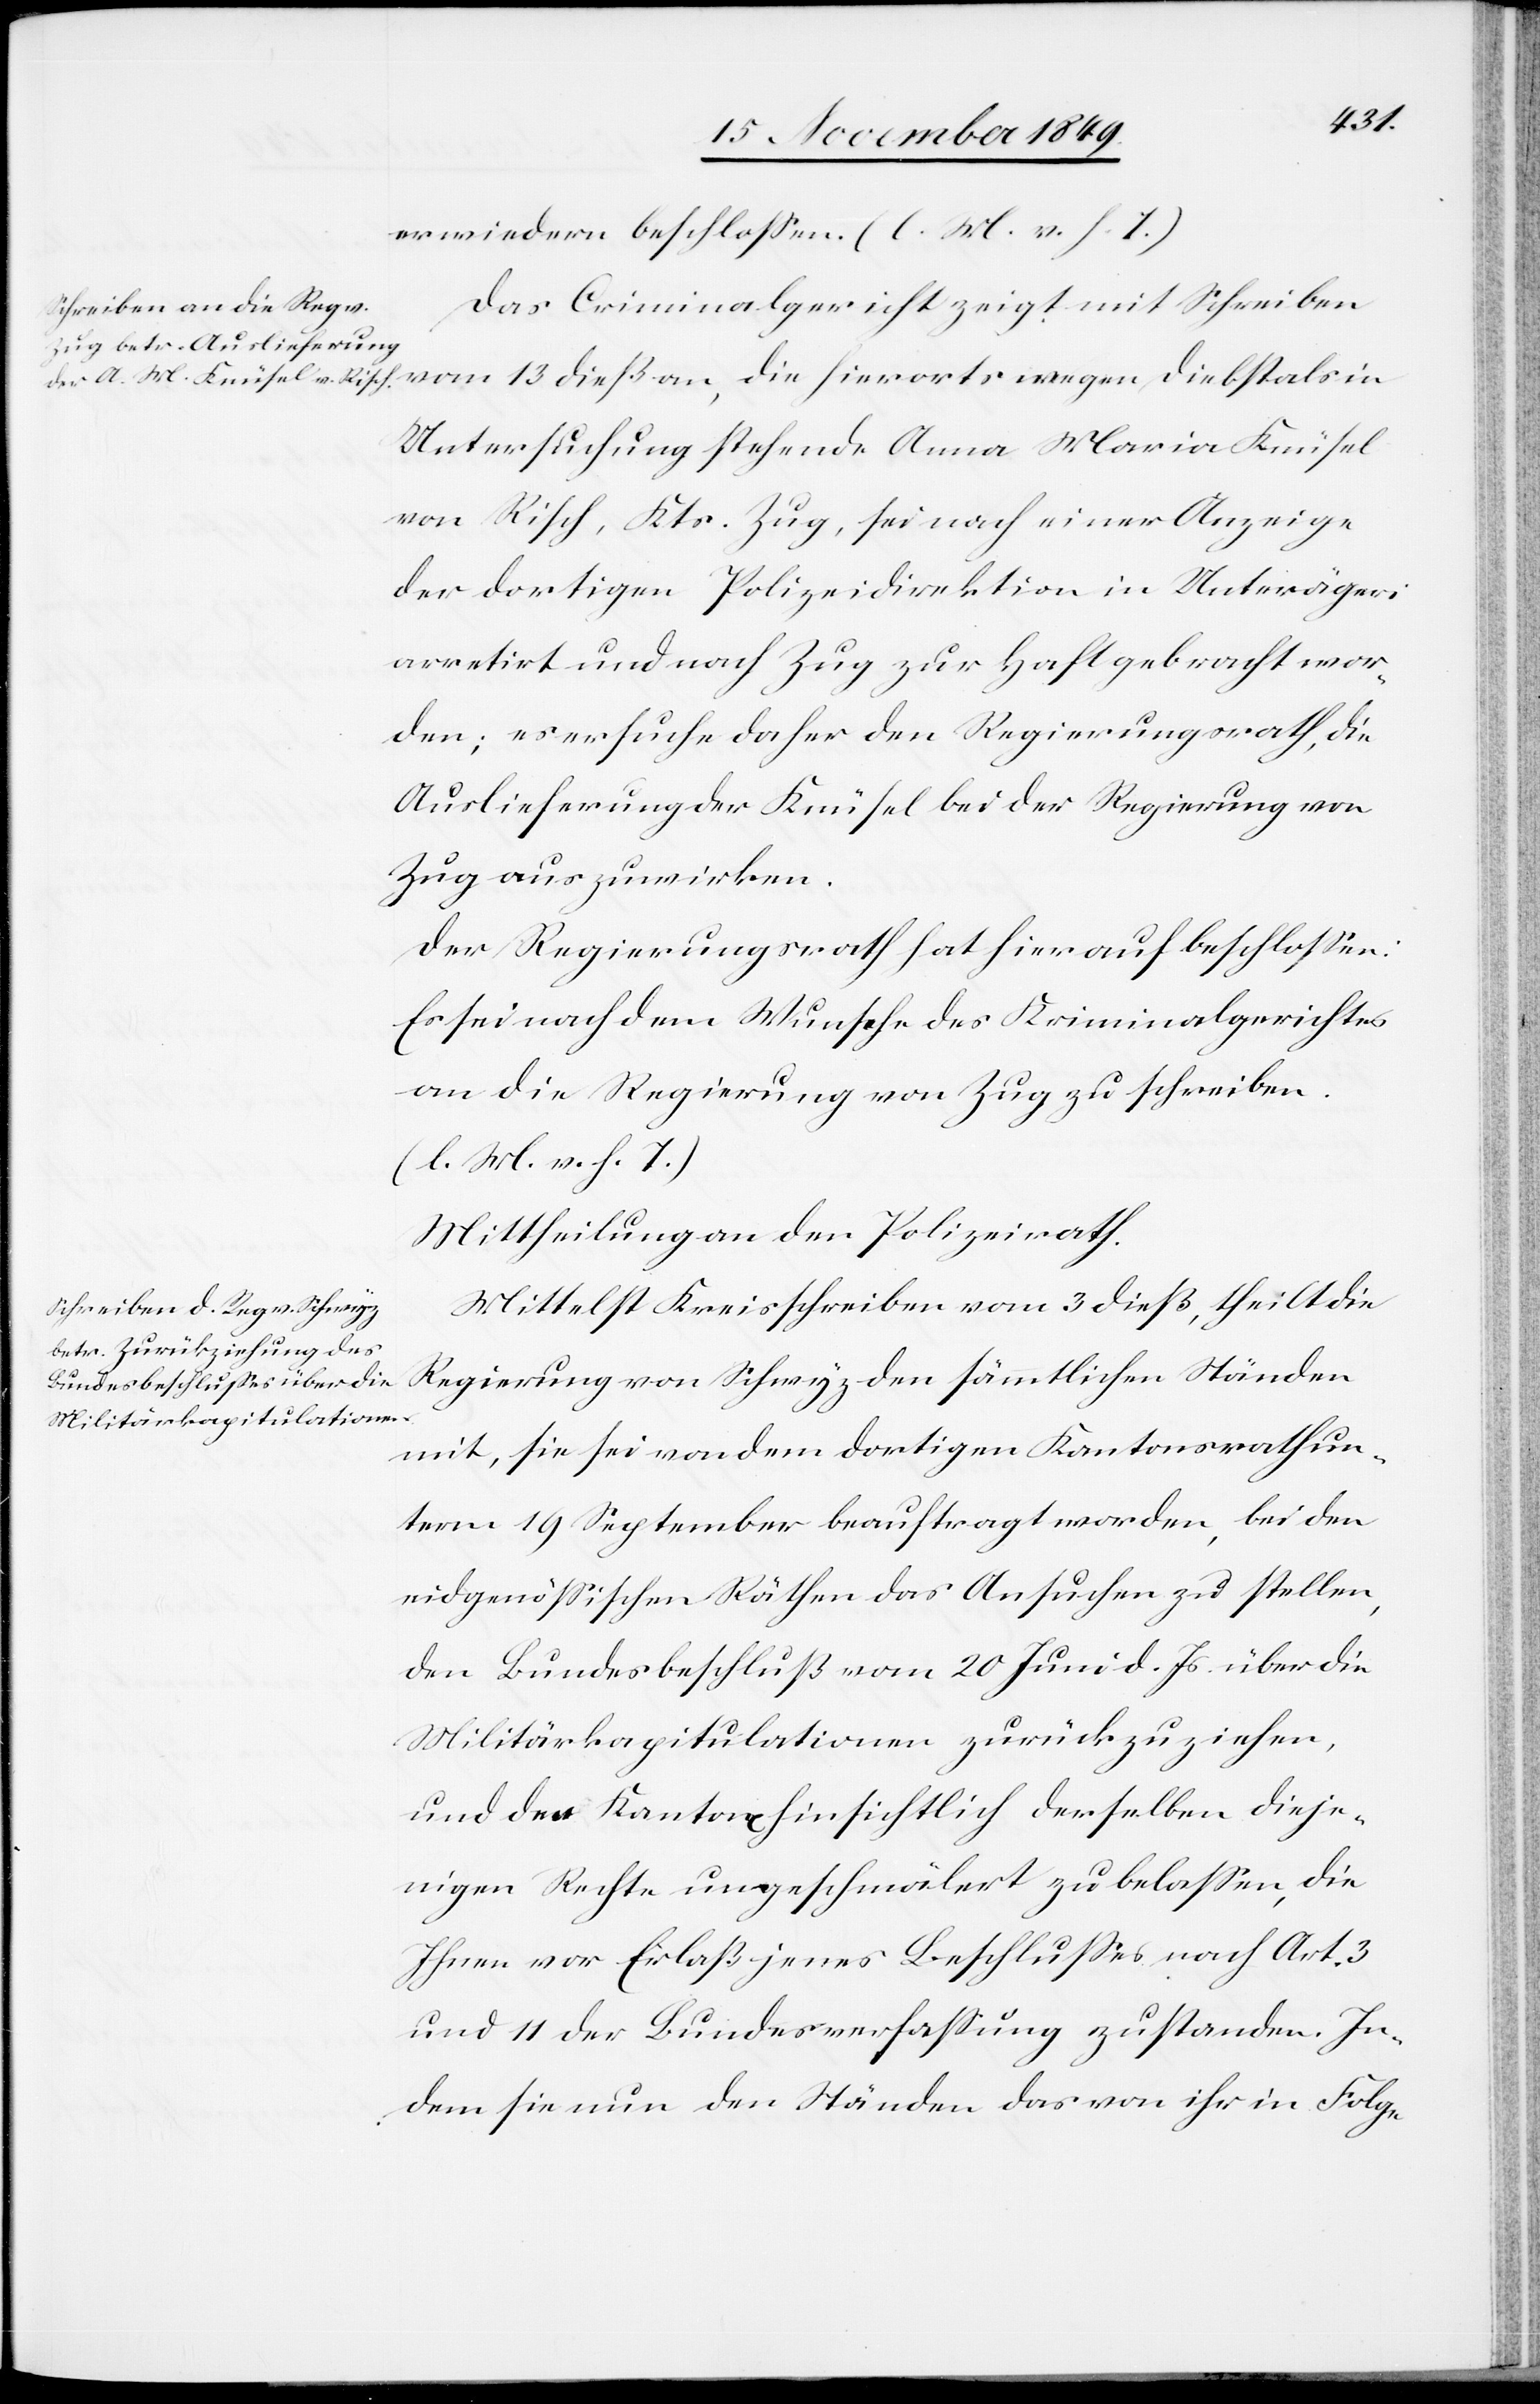
erwiedern beschloßen. [l. M. v. h. T]
Das Criminalgericht zeigt mit Schreiben
Untersuchung stehende Anna Maria Knüsel
von Risch, Kts. Zug, sei nach einer Anzeige
der dortigen Polizeidirektion in Unterägeri
arretirt und nach Zug zur Haft gebracht wor¬
den; es ersuche daher den Regierungsrath, die
Auslieferung der Knüsel bei der Regierung von
Zug auszuwirken.
Der Regierungsrath hat hier auf beschloßen:
Es sei nach dem Wunsche des Kriminalgerichtes
an die Regierung von Zug zu schreiben.
[l. M. v. h. T]
Mittheilung an den Polizeirath.
Mittelst Kreisschreiben vom 3 dieß, theilt die
Regierung von Schwyz den sämmtlichen Ständen
mit, sie sei von dem dortigen Kantonsrath un¬
term 19 September beauftragt worden, bei den
eidgenößischen Räthen das Ansuchen zu stellen,
den Bundesbeschluß vom 20 Juni d. Js. über die
Militärkapitulationen zurückzuziehen,
und den Kantonen hinsichtlich derselben dieje¬
nigen Rechte ungeschmälert zu belaßen, die
Ihnen vor Erlaß jenes Beschlußes nach Art. 3
und 11 der Bundesverfaßung zustanden. In¬
dem sie nun den Ständen des von ihr in Folge